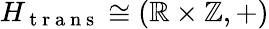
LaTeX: H_{\mathrm{~t~r~a~n~s~}}\cong(\mathbb{R}\times\mathbb{Z},+)